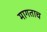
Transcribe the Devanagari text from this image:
मागताच